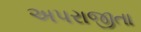
અપરાજીતા